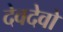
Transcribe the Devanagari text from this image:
देवदेवो